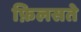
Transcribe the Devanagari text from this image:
फ़िलसते